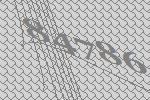
84786